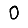
Digit: 0